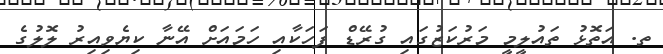
ތ. އަތޮޅު ތައުލީމީ މަރުކަޒުގައި ގުރޭޑް ފަހަކާއި ހަމައަށް އޭނާ ކިޔެވިއިރު ލޮލުގެ